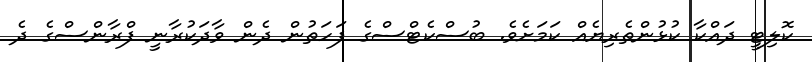
ކޮލިޓީ ދައްކާ ކުޅުންތެރިޔެއް ކަމަށެވެ. ބުސްކެޓްސްގެ ފަހަތުން ދެން ވާދަކުރާނީ ފްރާންސްގެ ދެ